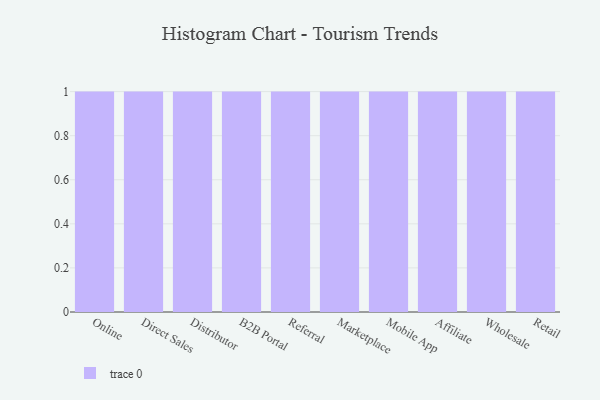
{"axis": {"x": "Channel", "y": "Active Users"}, "legend": [""], "data": [{"x": "Online", "y": 17, "type": ""}, {"x": "Direct Sales", "y": 18, "type": ""}, {"x": "Distributor", "y": 89, "type": ""}, {"x": "B2B Portal", "y": 33, "type": ""}, {"x": "Referral", "y": 73, "type": ""}, {"x": "Marketplace", "y": 53, "type": ""}, {"x": "Mobile App", "y": 23, "type": ""}, {"x": "Affiliate", "y": 29, "type": ""}, {"x": "Wholesale", "y": 67, "type": ""}, {"x": "Retail", "y": 51, "type": ""}]}